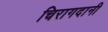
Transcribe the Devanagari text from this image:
चिरागदानी